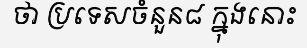
ថា ប្រទេសចំនួន៨ ក្នុងនោះ